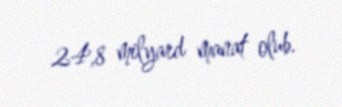
24,8 milyard manat olub.